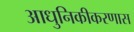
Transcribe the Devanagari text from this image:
आधुनिकीकरणास